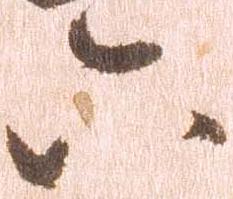
六